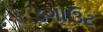
ડગાઉટ